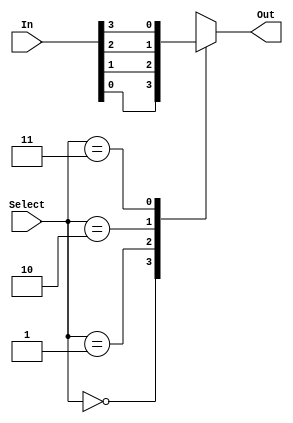
module	mux_4x1(Out, In, Select);

	output	Out;	//only one output
	reg Out;
	input [3:0] In;		//input to be selection
	input [1:0] Select; //2bit selection
	
	
	always @ (In or Select)
	case (Select)
	2'b00: Out=In[0];
	2'b01: Out=In[1];
	2'b10: Out=In[2];
	2'b11: Out=In[3];
	endcase
endmodule